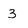
Character: 3